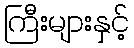
ကြီးများနှင့်